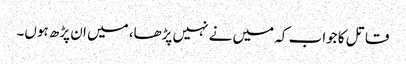
قاتل کا جواب کہ میں نے نہیں پڑھا، میں ان پڑھ ہوں۔